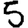
Digit: 5